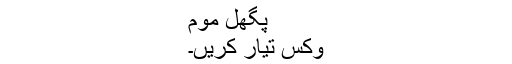
پگھل موم
وِکس تیار کریں۔